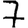
Digit: 7